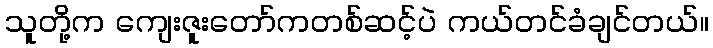
သူတို့က ကျေးဇူးတော်ကတစ်ဆင့်ပဲ ကယ်တင်ခံချင်တယ်။